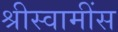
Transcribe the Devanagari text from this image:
श्रीस्वामींस